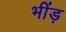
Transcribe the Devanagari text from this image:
भींड़